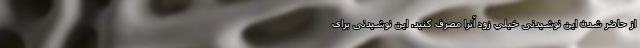
از حاضر شدن این نوشیدنی خيلي زود آنرا مصرف کنید. این نوشیدنی برای